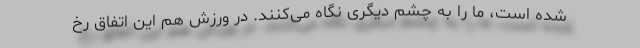
شده است، ما را به چشم دیگری نگاه می‌کنند. در ورزش هم این اتفاق رخ